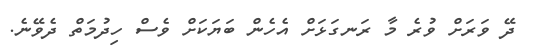
ދޭ ވަރަށް ވުރެ މާ ރަނގަޅަށް އެހެން ބަޔަކަށް ވެސް ހިދުމަތް ދެވޭނެ.